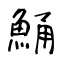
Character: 鯒